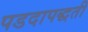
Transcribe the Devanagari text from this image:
पडदापद्धती